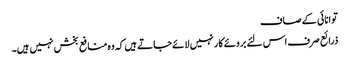
توانائی کے صاف
ذرائع صرف اس لئے بروئے کار نہیں لائے جاتے ہیں کہ وہ منافع بخش نہیں ہیں۔